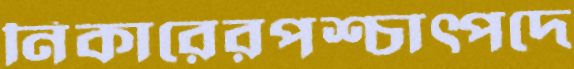
নিকারেরপশ্চাত্পদে